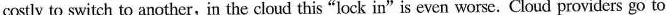
cotly to switch to another,in the cloud this "lock in"is even worse. Cloud providers go to